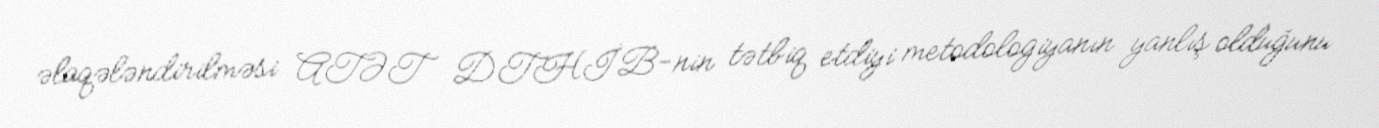
əlaqələndirilməsi ATƏT DTHİB-nin tətbiq etdiyi metodologiyanın yanlış olduğunu